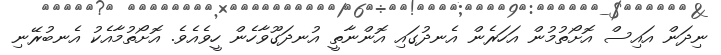
ނިދަން އައިސް އޮށޯތުމުން އަހަރެން އެނދުގައި އޮންނާތީ އުނދަގޫވާހެން ހީވެއެވެ. އޮށޯތުމާއެކު އެނބުރޭނި